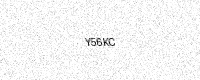
Text: Y56KC